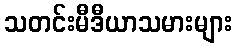
သတင်းမီဒီယာသမားများ